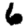
Digit: 6